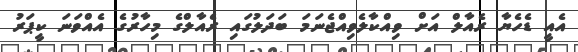
އެއީ ޑެހެޔާ ރެއާލް އަށް ވިއްކާލެވިއްޖެނަމަ ބަދަލުގައި ރެއާލްގެ މިހާރުގެ އެއްވަނަ ކީޕަރު